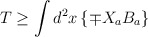
\begin{align*}T\geq \int d^{2}x\left\{ \mp X_{a}B_{a}\right\}\end{align*}